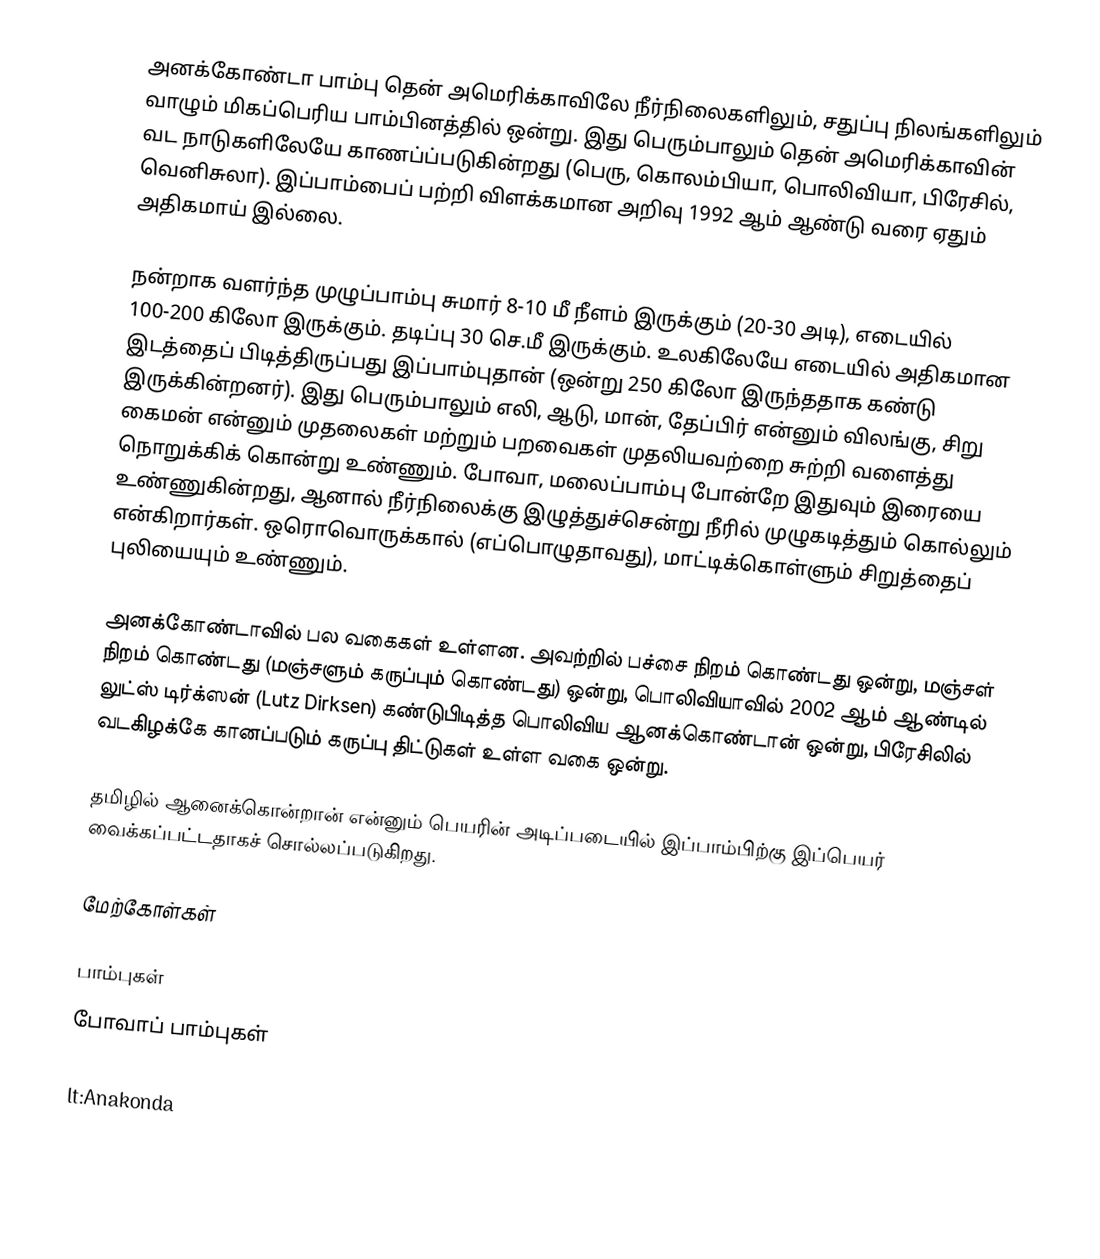
அனக்கோண்டா பாம்பு தென் அமெரிக்காவிலே நீர்நிலைகளிலும், சதுப்பு நிலங்களிலும் வாழும் மிகப்பெரிய பாம்பினத்தில் ஒன்று. இது பெரும்பாலும் தென் அமெரிக்காவின் வட நாடுகளிலேயே காணப்ப்படுகின்றது (பெரு, கொலம்பியா, பொலிவியா, பிரேசில், வெனிசுலா). இப்பாம்பைப் பற்றி விளக்கமான அறிவு 1992 ஆம் ஆண்டு வரை ஏதும் அதிகமாய் இல்லை.

நன்றாக வளர்ந்த முழுப்பாம்பு சுமார் 8-10 மீ நீளம் இருக்கும் (20-30 அடி), எடையில் 100-200 கிலோ இருக்கும். தடிப்பு 30 செ.மீ இருக்கும். உலகிலேயே எடையில் அதிகமான இடத்தைப் பிடித்திருப்பது இப்பாம்புதான் (ஒன்று 250 கிலோ இருந்ததாக கண்டு இருக்கின்றனர்). இது பெரும்பாலும் எலி, ஆடு, மான், தேப்பிர் என்னும் விலங்கு, சிறு கைமன் என்னும் முதலைகள் மற்றும் பறவைகள் முதலியவற்றை சுற்றி வளைத்து நொறுக்கிக் கொன்று உண்ணும். போவா, மலைப்பாம்பு போன்றே இதுவும் இரையை உண்ணுகின்றது, ஆனால் நீர்நிலைக்கு இழுத்துச்சென்று நீரில் முழுகடித்தும் கொல்லும் என்கிறார்கள். ஒரொவொருக்கால் (எப்பொழுதாவது), மாட்டிக்கொள்ளும் சிறுத்தைப் புலியையும் உண்ணும்.

அனக்கோண்டாவில் பல வகைகள் உள்ளன. அவற்றில் பச்சை நிறம் கொண்டது ஒன்று, மஞ்சள் நிறம் கொண்டது (மஞ்சளும் கருப்பும் கொண்டது) ஒன்று, பொலிவியாவில் 2002 ஆம் ஆண்டில் லுட்ஸ் டிர்க்ஸன் (Lutz Dirksen)  கண்டுபிடித்த பொலிவிய ஆனக்கொண்டான் ஒன்று, பிரேசிலில் வடகிழக்கே கானப்படும் கருப்பு திட்டுகள் உள்ள வகை ஒன்று.

தமிழில் ஆனைக்கொன்றான் என்னும் பெயரின் அடிப்படையில் இப்பாம்பிற்கு இப்பெயர் வைக்கப்பட்டதாகச் சொல்லப்படுகிறது.

மேற்கோள்கள்

பாம்புகள்
போவாப் பாம்புகள்

lt:Anakonda